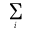
\sum _ { i }